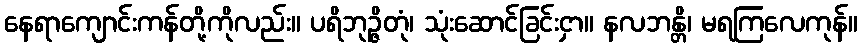
နေရာကျောင်းကန်တို့ကိုလည်း။ ပရိဘုဉ္ဇိတုံ၊ သုံးဆောင်ခြင်းငှာ။ နလဘန္တိ၊ မရကြလေကုန်။